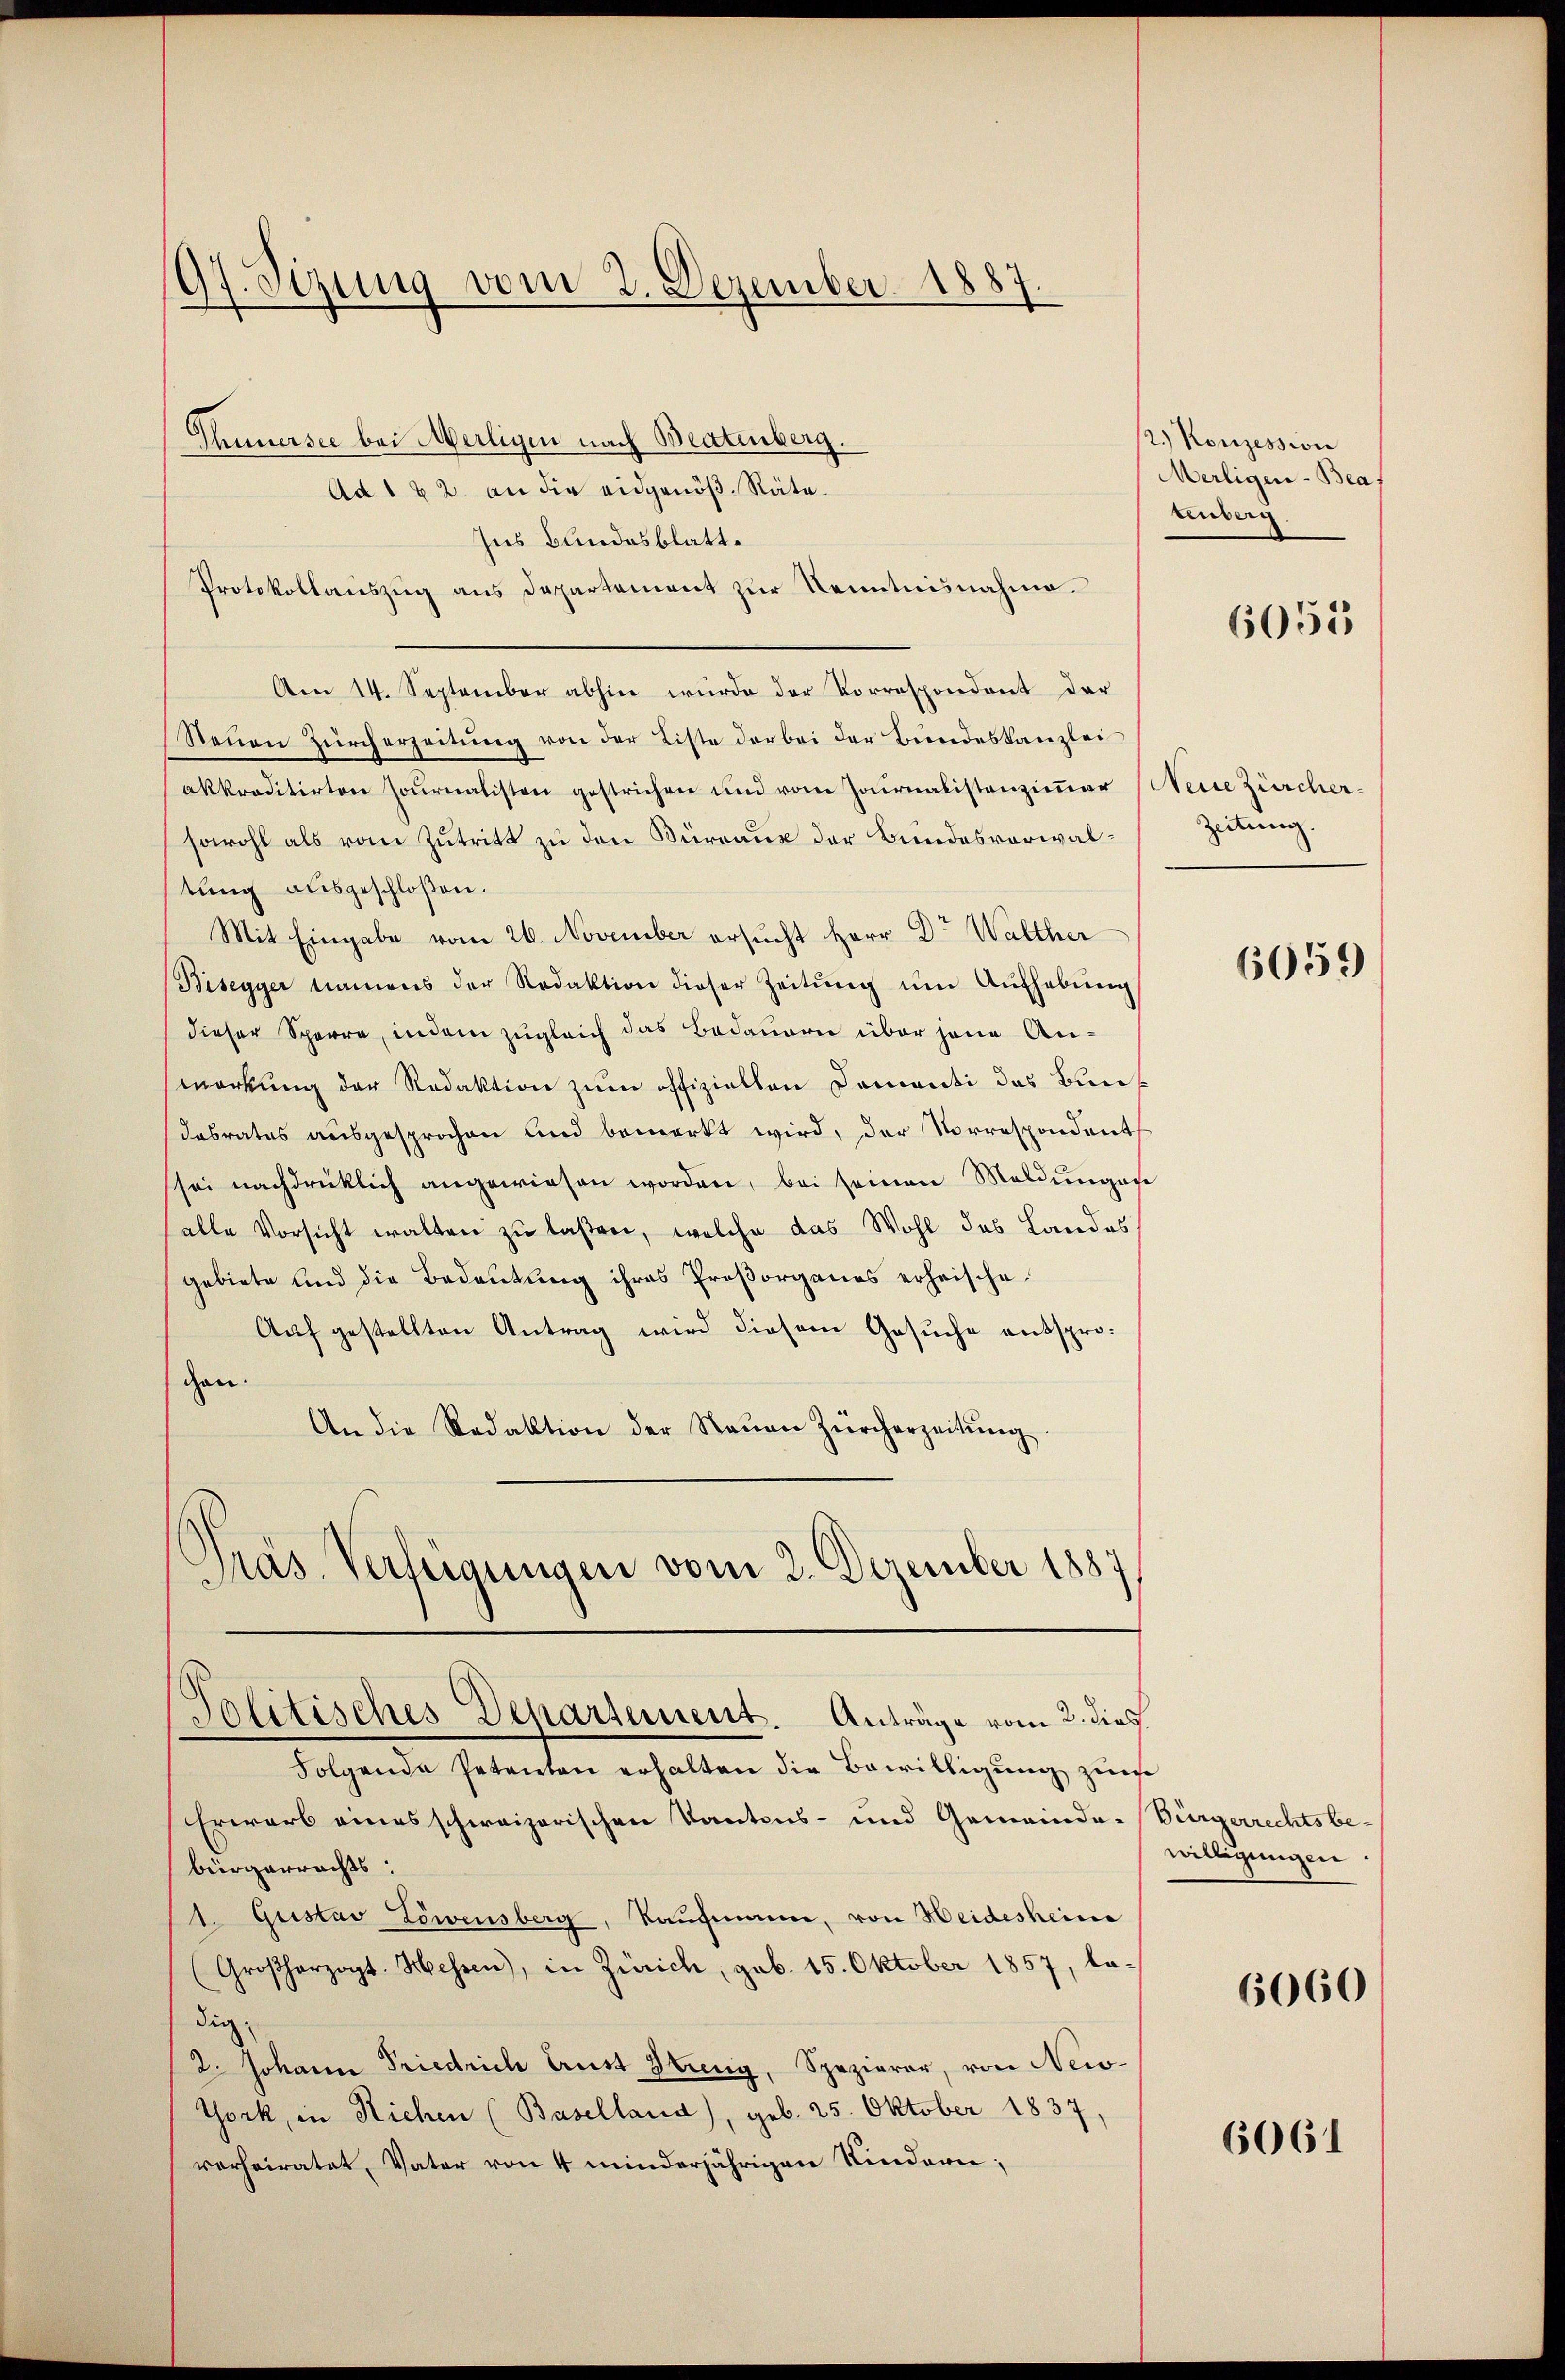
97. Sizung vom 2. Dezember 1887.
d

Thunersee bei Meiligen nach Beatenberg.
Ad 1 & 2. an die eidgenöß. Räte¬
Ins Bundesblatt.
Protokollauszug aus Departement zŭr Kenntnisnahme.
Am 14. September abhin wurde der Korrespondant der
Neŭen Zürcherzeitŭng von der Liste darbei der Bundeskanzlei
akkreditirten Journalisten gestrichen und vom Journalistenzimmer (Neine Zürchersowohl als vom Zutritt zu den Bürraus der Bundesverwaltung ausgeschloßen.
Mit Eingabe vom 26. November ersucht Herr Dr Walther
Bisegyer namens der Redaktion dieser Zeitŭng ŭm Aŭfhebŭng
dieser Sperre, indem zugleich das Bedauern über jene An-
merkung der Redaktion zum offiziellen Domanti das Bun¬
Dabrates ausgesprochen und bemerkt wird, der Vorrespondents
sei nachdrücklich angewiesen worden, bei seinen Meldungene
alle Vorsicht walten zu laßen, welche das Wohl des Landes
gebiete und die Bedeutung ihres Proßorganes erheische¬
Auf gestellten Antrag wird diesem Gesuche entsprogen.
An die Redaktion der Staŭen Zürcherzeitŭng
Präs. Verfügungen vom 2. Dezember 1887
Politisches Departement. Anträge vom 2. dies

2.) Konzession
Merligen-Bea
tenberg.

Folgende Petenten erhalten die Bewilligung zum
Erwarb eines schweizerischen Kantons- und Gemeinde-Bürgerrechtsbebürgerrechts,
1. Gustav Löwensberg, Kaufmann, von Heidesheime
(Großherzogt. Hessen, in Zürich, geb. 15. Oktober 1857, la-
dig;
2. Johann Friedrich Brust Streng, Speziarar, von New-
York, in Richen (Baselland), geb. 25. Oktober 1837,
verheiratet, Vater von 4 minderjährigen Kindern;

6055

Zeitung.

6059

willigungen.

6060

6061